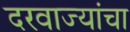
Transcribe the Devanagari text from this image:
दरवाज्यांचा